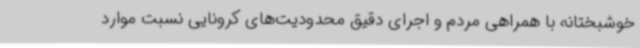
خوشبختانه با همراهی مردم و اجرای دقیق محدودیت‌های کرونایی نسبت موارد